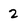
Character: 2